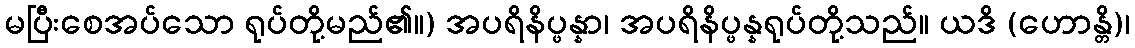
မပြီးစေအပ်သော ရုပ်တို့မည်၏။) အပရိနိပ္ဖန္နာ၊ အပရိနိပ္ဖန္နရုပ်တို့သည်။ ယဒိ (ဟောန္တိ)၊